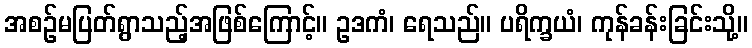
အစဉ်မပြတ်ရွာသည့်အဖြစ်ကြောင့်။ ဥဒကံ၊ ရေသည်။ ပရိက္ခယံ၊ ကုန်ခန်းခြင်းသို့။